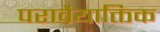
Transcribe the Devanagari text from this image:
परावैयाक्तिक